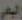
اليامي